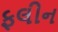
ફલીન